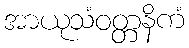
အာယုသံဝတ္တနိကံ